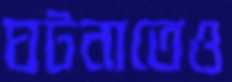
ঘটনাতেও